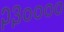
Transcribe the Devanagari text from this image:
२३००००